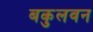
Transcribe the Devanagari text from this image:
बकुलवन